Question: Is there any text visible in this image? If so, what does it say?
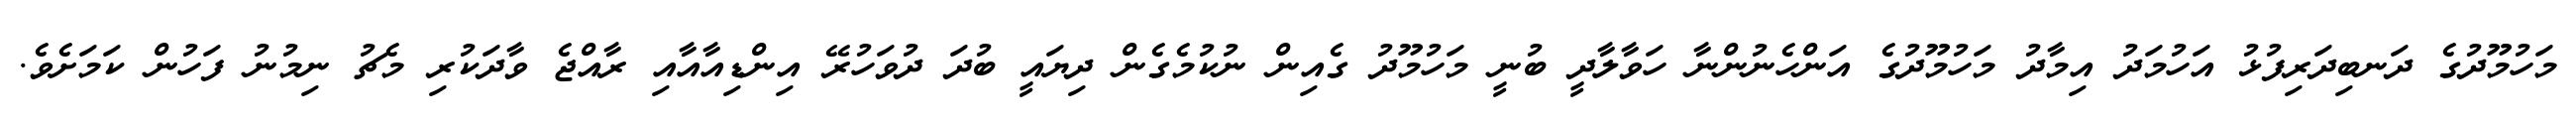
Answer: މަހުމޫދުގެ ދަނބިދަރިފުޅު އަހުމަދު އިމާދު މަހުމޫދުގެ އަންހެނުންނާ ހަވާލާދީ ބުނީ މަހުމޫދު ގެއިން ނުކުމެގެން ދިޔައީ ބުދަ ދުވަހުރޭ އިންޑިއާއާއި ރާއްޖެ ވާދަކުރި މެޗު ނިމުނު ފަހުން ކަމަށެވެ.